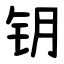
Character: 钥